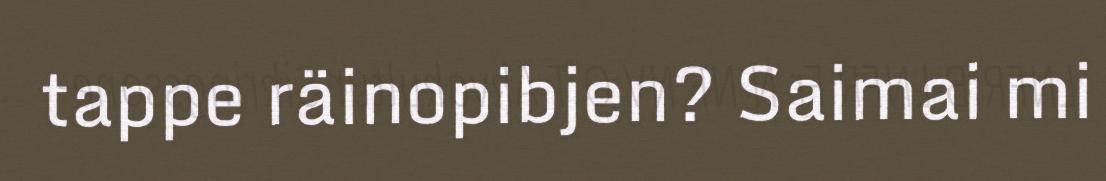
tappe räinopibjen? Saimai mi